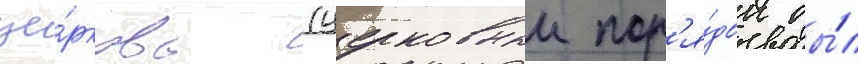
це́рковь (церковныи пор'я́док бы́л